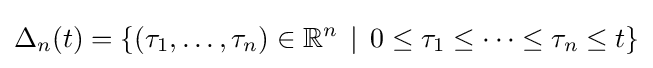
\Delta _{n}(t)=\{(\tau _{1},\dots ,\tau _{n})\in \mathbb {R} ^{n}\,\mid \,0\leq \tau _{1}\leq \dots \leq \tau _{n}\leq t\}